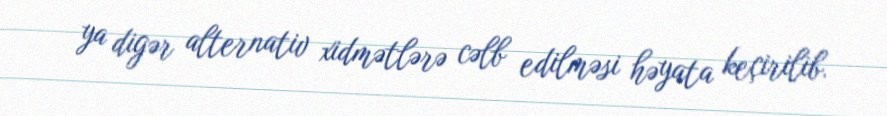
ya digər alternativ xidmətlərə cəlb edilməsi həyata keçirilib.